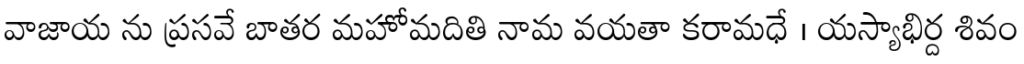
వాజాయ ను ప్రసవే బాతర మహోమదితి నామ వయతా కరామధే । యస్యాభిర్ద శివం